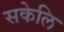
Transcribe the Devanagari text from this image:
सकेलि